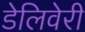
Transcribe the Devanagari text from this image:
डेलिवेरी